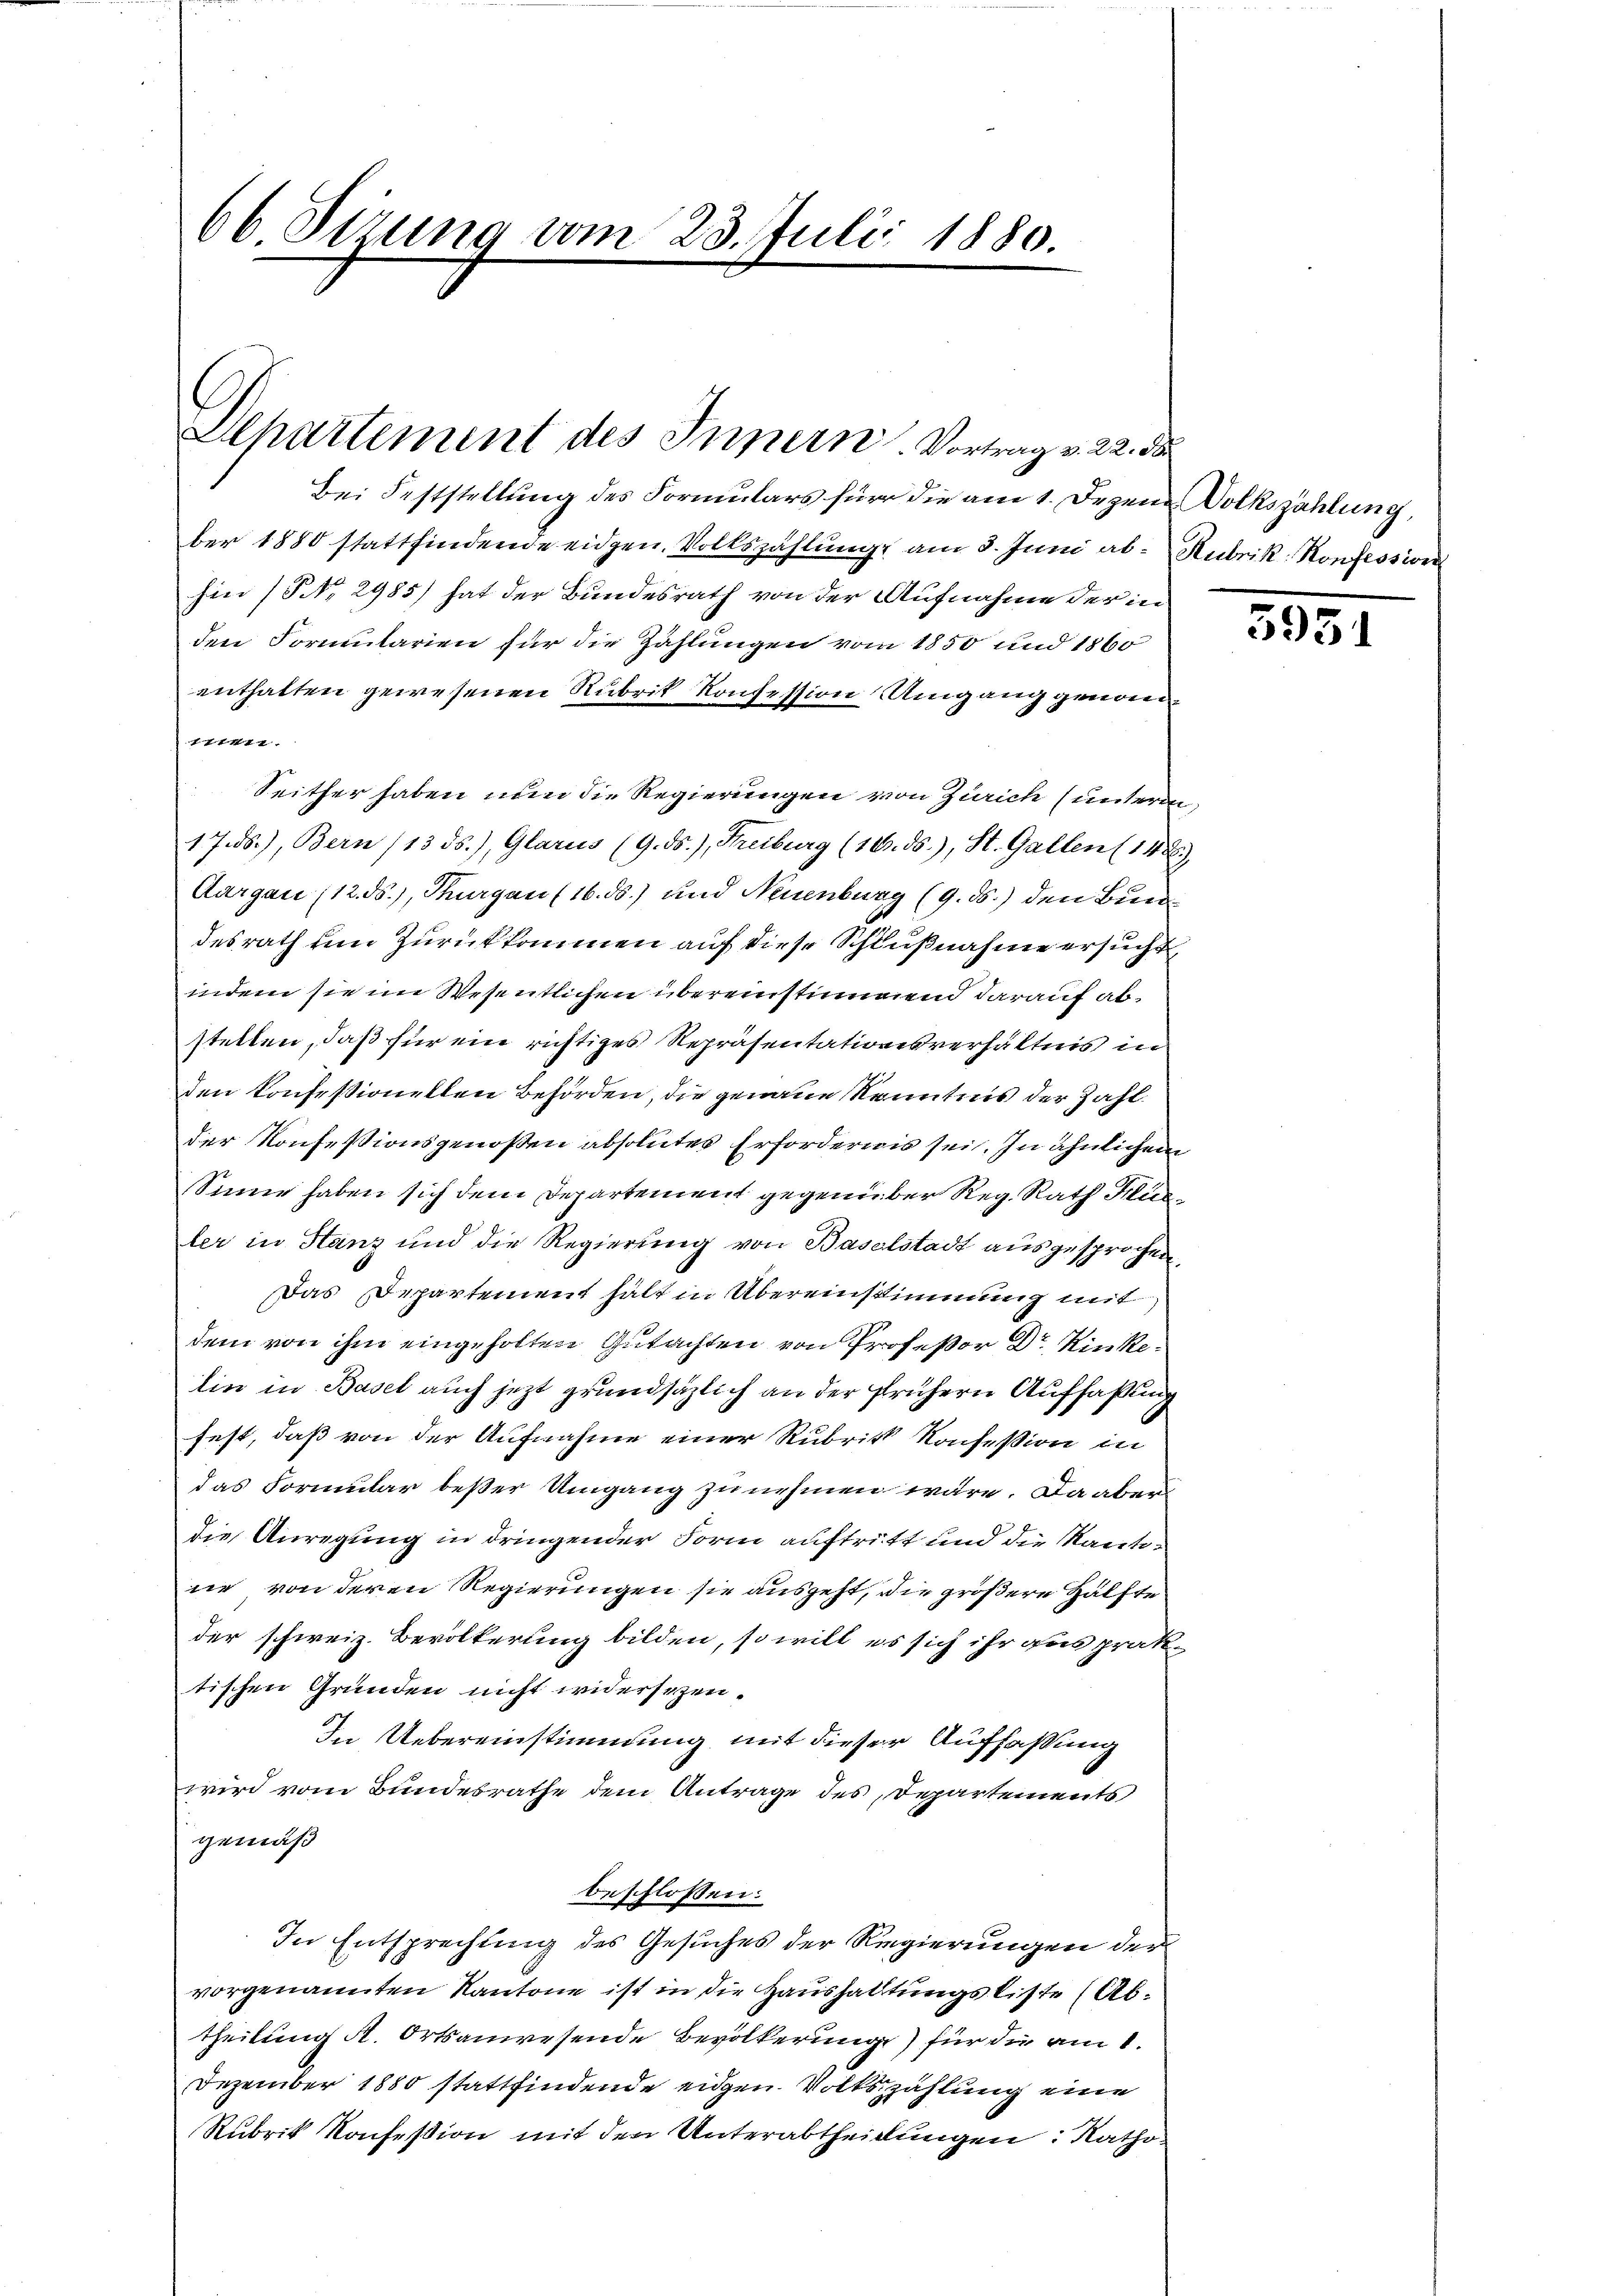
66 Sizung vom 23. Juli 1880.

Departement des Innern. Vortrag v. 22. 58

Bei Feststellung des Formulars für die am 1. Dezem Dolkszählung,
ber 1880 stattfindende eidgen. Volkszählung am 3. Juni ab. Rubrik- Konfession
fier (S. 2985) hat der Bundesrath von der Aufnahme der in
den Formularien für die Zahlungen vom 1850 und 1860
enthalten gewesenen Rubrit Konsession Umgang genomitten.
Seither haben nun die Regierungen von Zürich (unterm
17.ds.), Bern (13. ds.), Glarus (9. ds.), Freiburg (16. ds.), St. Gallen (142)
Aargau (12. ds.), Thurgau (16. ds.) und Neuenburg (9. d.) den Bun
desrath um Zurückkommen auf diese Schlußnahme ersucht
indem sie im Wesentlichen übereinstimmend darauf abstellen, daß für ein richtiges Repräsentationsverhältnis in
den konfessionellen Behörden, die genaue Kenntnis der Zahlder Konfessionsgenoßen absolutes Erfordernis sei. In ähnlichen
Sinne haben sich dem Departement gegenüber Reg. Rath Hüsler in Stanz und die Regierung von Baselstadt ausgesprochen,
Das Departement hält in Übereinstimmung mit
dem von ihm eingeholten Gutachten von Profeßor Dr. Kinkelin in Basel auch jezt grundsätzlich an der frühern Auffaßung
fest, daß von der Aufnahme einer Rubrik Konsession in
das Formular beßer Umgang zu nehmen wäre. Da aber
die Anregung in dringender Form auftritt und die Kanto-
ne von deren Regierungen sie ausgeht, die größere Hälfte
der schweiz. Bevölkerung bilden, so will es sich ihr aus prak-
tischen Gründen nicht widersezen.
In Uebereinstimmung mit dieser Auffaßung
wird vom Bundesrathe dem Antrage des Departements
gemäß
beschlossen:
In Entsprechung des Gesuches der Regierungen der
vorgenannten Kantone ist in die Haushaltungsliste (Abtheilung A. Ortsanwesende Bevölkerung) für die am 1.
Dezember 1880 stattfindende eidgen. Volkszählung eine
Rubrik Konfeßion mit den Unterabtheilungen: Katho¬

351